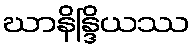
ဃာနိန္ဒြိယဿ